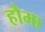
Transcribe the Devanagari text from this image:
हौमा